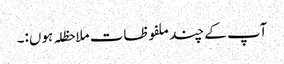
آپ کے چند ملفوظات ملاحظلہ ہوں:۔